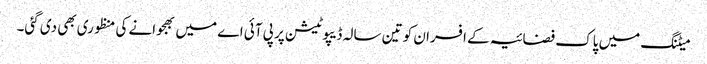
میٹنگ میں پاک فضائیہ کے افسران کو تین سالہ ڈیپوٹیشن پر پی آئی اے میں بھجوانے کی منظوری بھی دی گئی۔